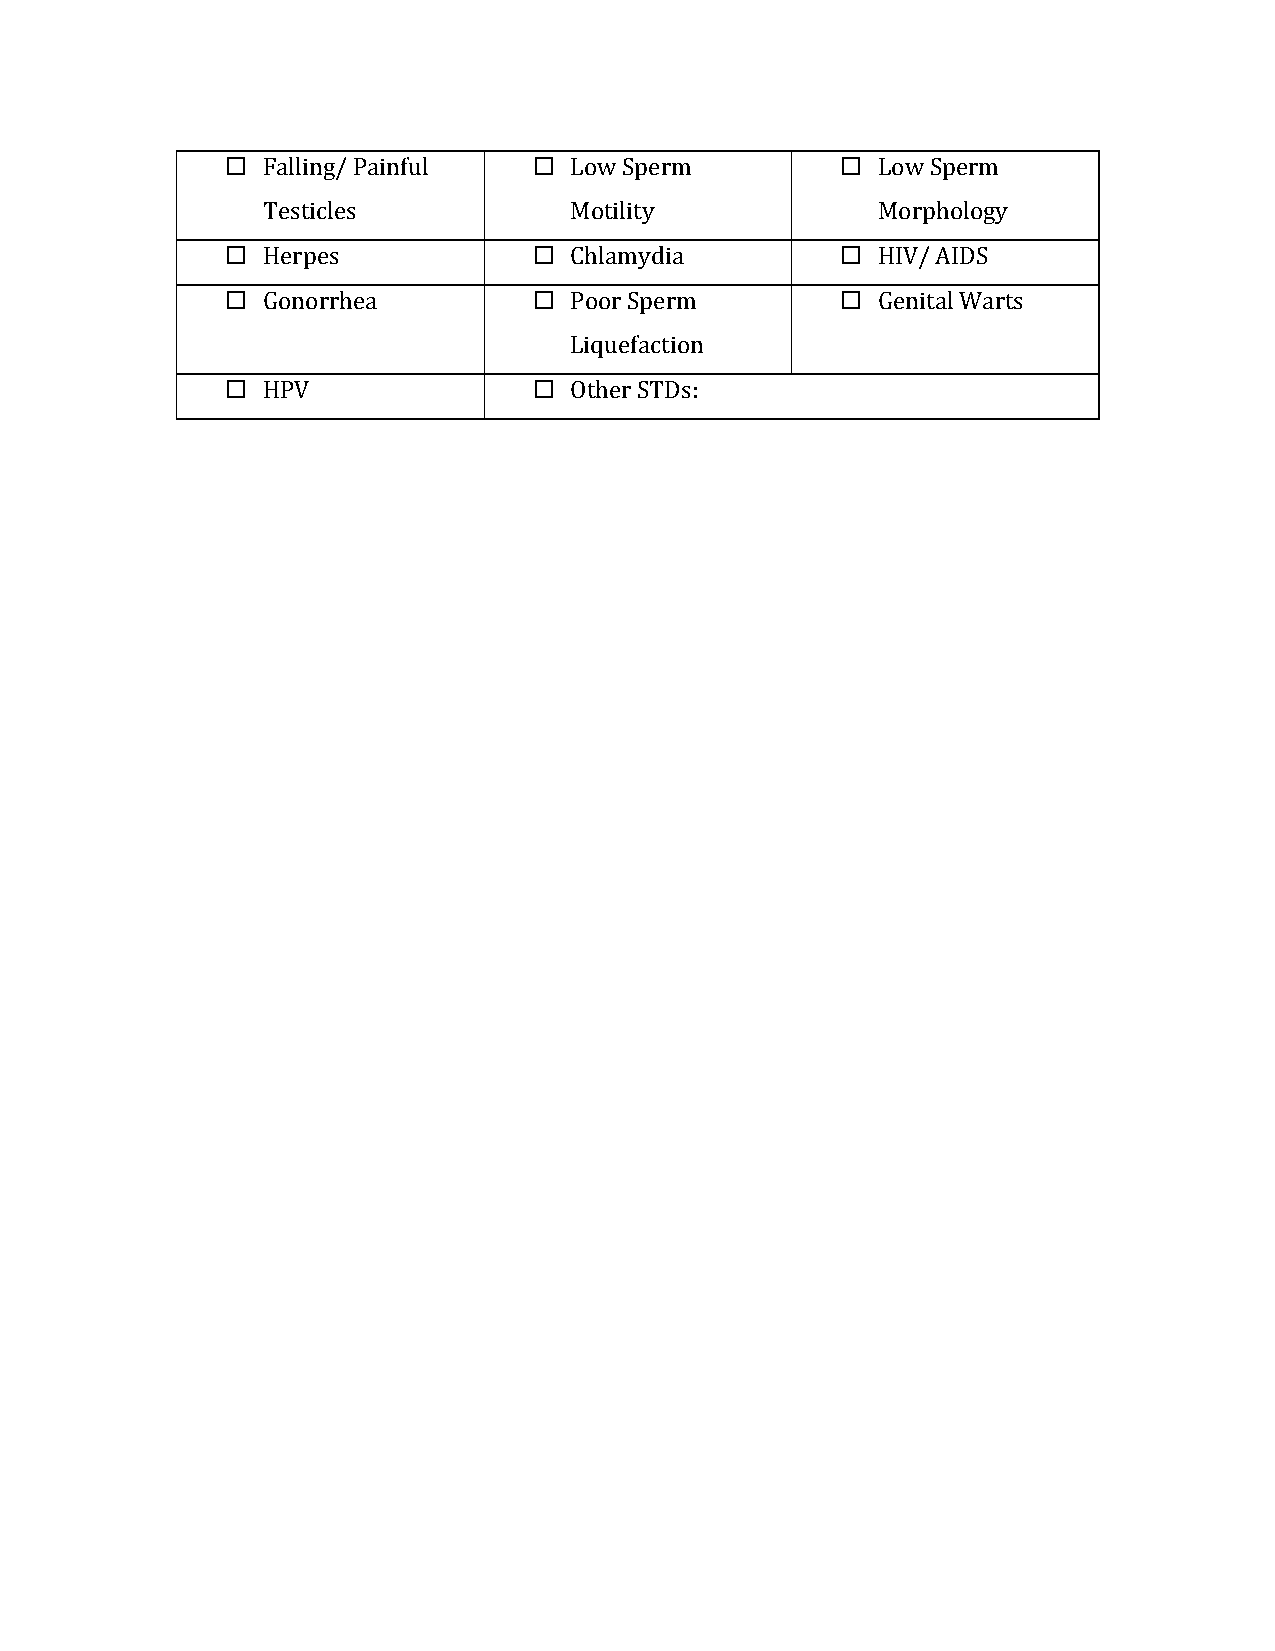
! Falling/ Painful  !  Low Sperm         ! Low Sperm
 Testicles            Motility            Morphology
 ! Herpes            !  Chlamydia         ! HIV/ AIDS
 ! Gonorrhea         !  Poor Sperm        ! Genital Warts
 Liquefaction
 ! HPV               !  Other STDs: